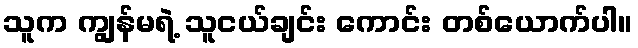
သူက ကျွန်မရဲ့ သူငယ်ချင်း ကောင်း တစ်ယောက်ပါ။